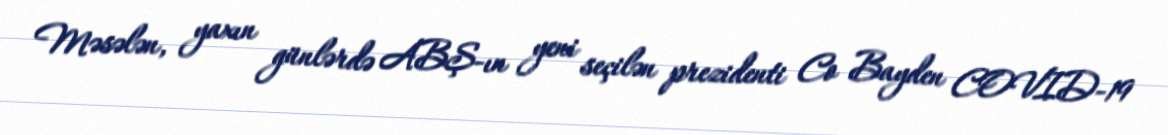
Məsələn, yaxın günlərdə ABŞ-ın yeni seçilən prezidenti Co Bayden COVID-19